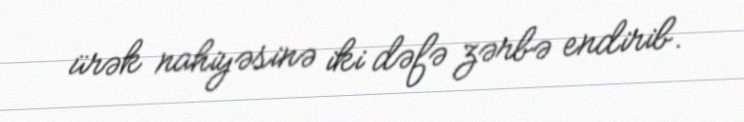
ürək nahiyəsinə iki dəfə zərbə endirib.